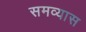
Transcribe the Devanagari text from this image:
समव्यास